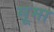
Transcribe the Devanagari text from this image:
सूमा